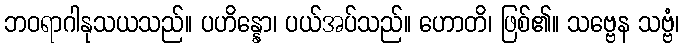
ဘဝရာဂါနုသယသည်။ ပဟိန္နော၊ ပယ်အပ်သည်။ ဟောတိ၊ ဖြစ်၏။ သဗ္ဗေန သဗ္ဗံ၊